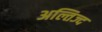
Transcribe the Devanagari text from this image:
अल्तिज्द